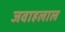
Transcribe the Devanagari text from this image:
जवाहलाल